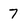
Character: 7